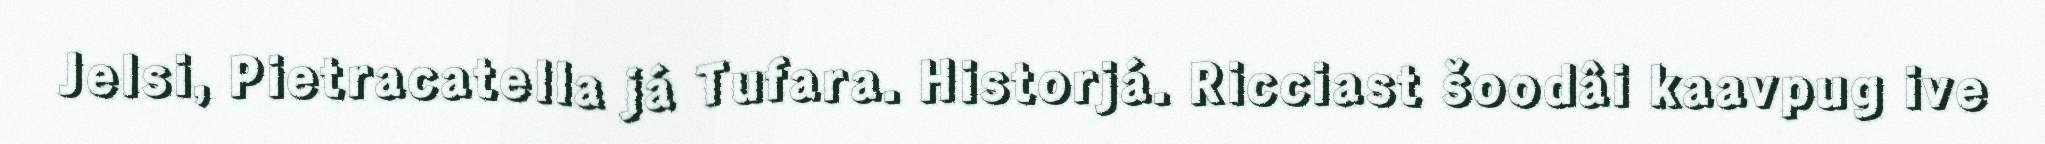
Jelsi, Pietracatella já Tufara. Historjá. Ricciast šoodâi kaavpug ive